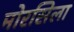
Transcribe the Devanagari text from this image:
मोरसिला